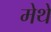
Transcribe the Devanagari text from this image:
मेथे